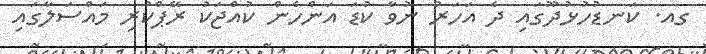
ގއ. ކަނޑުހުޅުދޫގައި ދެ އަހަރު ނުވާ ކުޑަ އަންހެން ކުއްޖަކު ރޭޕްކުރި މައްސަލާގައި